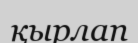
қырлап